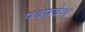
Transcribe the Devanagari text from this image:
पदप्रवेश